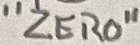
Text: "ZERO"